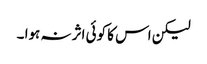
لیکن اس کا کوئی اثر نہ ہوا ۔